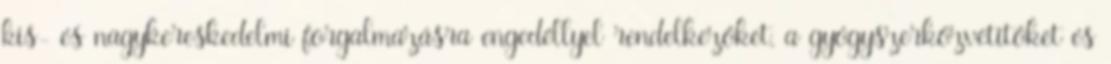
kis- és nagykereskedelmi forgalmazásra engedéllyel rendelkezőket, a gyógyszerközvetítőket és